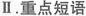
Ⅱ.重点短语